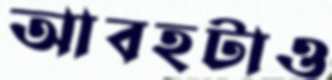
আবহটাও